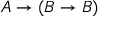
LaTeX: A \to ( B \to B )